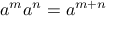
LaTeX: a ^ { m } a ^ { n } = a ^ { m + n }